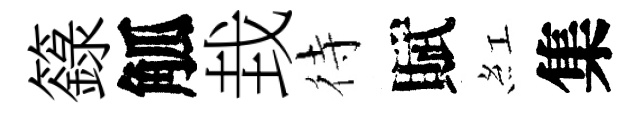
籙觚㘽待賦紅集